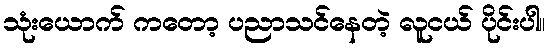
သုံးယောက် ကတော့ ပညာသင်နေတဲ့ လူငယ် ပိုင်းပါ။